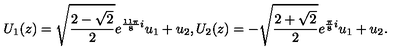
U _ { 1 } ( z ) = \sqrt { \frac { 2 - \sqrt { 2 } } { 2 } } e ^ { \frac { 1 1 \pi } { 8 } i } u _ { 1 } + u _ { 2 } , U _ { 2 } ( z ) = - \sqrt { \frac { 2 + \sqrt { 2 } } { 2 } } e ^ { \frac { \pi } { 8 } i } u _ { 1 } + u _ { 2 } .